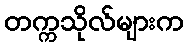
တက္ကသိုလ်များက